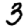
Digit: 3